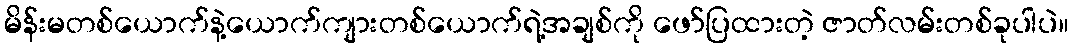
မိန်းမတစ်ယောက်နဲ့ယောက်ကျားတစ်ယောက်ရဲ့အချစ်ကို ဖော်ပြထားတဲ့ ဇာတ်လမ်းတစ်ခုပါပဲ။